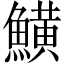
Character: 鱑